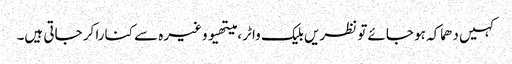
کہیں دھماکہ ہو جائے تو نظریں بلیک واٹر ، میتھیو وغیرہ سے کنارا کر جاتی ہیں۔